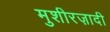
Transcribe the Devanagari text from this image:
मुशीरज़ादी